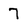
Character: 7